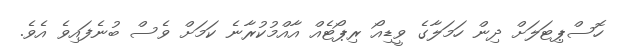
ހޮސްޕިޓަލަށް ދިން ހަމަލާގެ ވީޑިއޯ ރިޕޯޓެއް އާއްމުކުރާނެ ކަމަށް ވެސް ބުނެފައިވެ އެވެ.